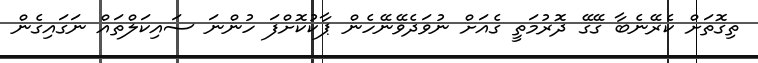
ތިގޮތަށް ކެރޭނެބާ ގޭގޭ ދޮރުމަތީ ގެއަށް ނުވަދެވޭނޭހެން ޕާކުކޮށްފަ ހުންނަ ސައިކަލްތައް ނަގައިގެން